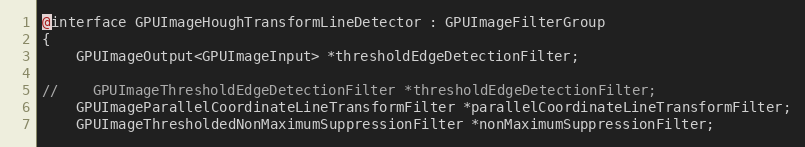
Language: C
@interface GPUImageHoughTransformLineDetector : GPUImageFilterGroup
{
    GPUImageOutput<GPUImageInput> *thresholdEdgeDetectionFilter;

//    GPUImageThresholdEdgeDetectionFilter *thresholdEdgeDetectionFilter;
    GPUImageParallelCoordinateLineTransformFilter *parallelCoordinateLineTransformFilter;
    GPUImageThresholdedNonMaximumSuppressionFilter *nonMaximumSuppressionFilter;